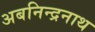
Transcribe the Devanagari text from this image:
अबनिन्द्रनाथ